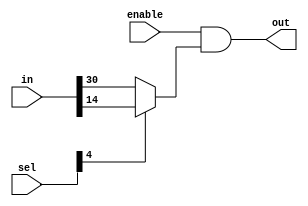
module mux_32_direct(output out,
                     input [31:0] in,
                     input [4:0] sel,
                     input enable);

wire t_out;

assign out = enable & t_out;

assign t_out = 
sel[4] ? (
    s[3] ? (
        s[2] ? (
            s[1] ? (
                s[0] ? (in[1]) : (in[0])    
            ) : (
                s[0] ? (in[3]) : (in[2])
            )
        ) : (
            s[1] ? (
                s[0] ? (in[5]) : (in[4])
            ) : (
                s[0] ? (in[7]) : (in[6])
            )
        )
    ):(
        s[2] ? (
            s[1] ? (
                s[0] ? (in[9]) : (in[8])
            ) : (
                s[0] ? (in[11]) : (in[10])
            )
        ) : (
            s[1] ? (
                s[0] ? (in[13]) : (in[12])
            ) : (
                s[0] ? (in[15]) : (in[14])
            )
        )
    )
) : (
    s[3] ? (
        s[2] ? (
            s[1] ? (
                s[0] ? (in[17]) : (in[16])
            ) : (
                s[0] ? (in[19]) : (in[18])
            )
        ) : (
            s[1] ? (
                s[0] ? (in[21]) : (in[20])
            ) : (
                s[0] ? (in[23]) : (in[22])
            )
        )
    ):(
        s[2] ? (
            s[1] ? (
                s[0] ? (in[25]) : (in[24])
            ) : (
                s[0] ? (in[27]) : (in[26])
            )
        ) : (
            s[1] ? (
                s[0] ? (in[29]) : (in[28])
            ) : (
                s[0] ? (in[31]) : (in[30])
            )
        )
    )
);


/*
could have completed in 1 go by writing

assign t_out = in[sel];

*/

endmodule